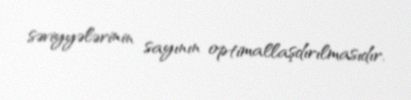
səviyyələrinin sayının optimallaşdırılmasıdır.